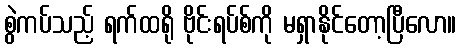
စွဲကပ်သည့် ရက်ထရို ဗိုင်းရပ်စ်ကို မရှာနိုင်တော့ပြီလော။